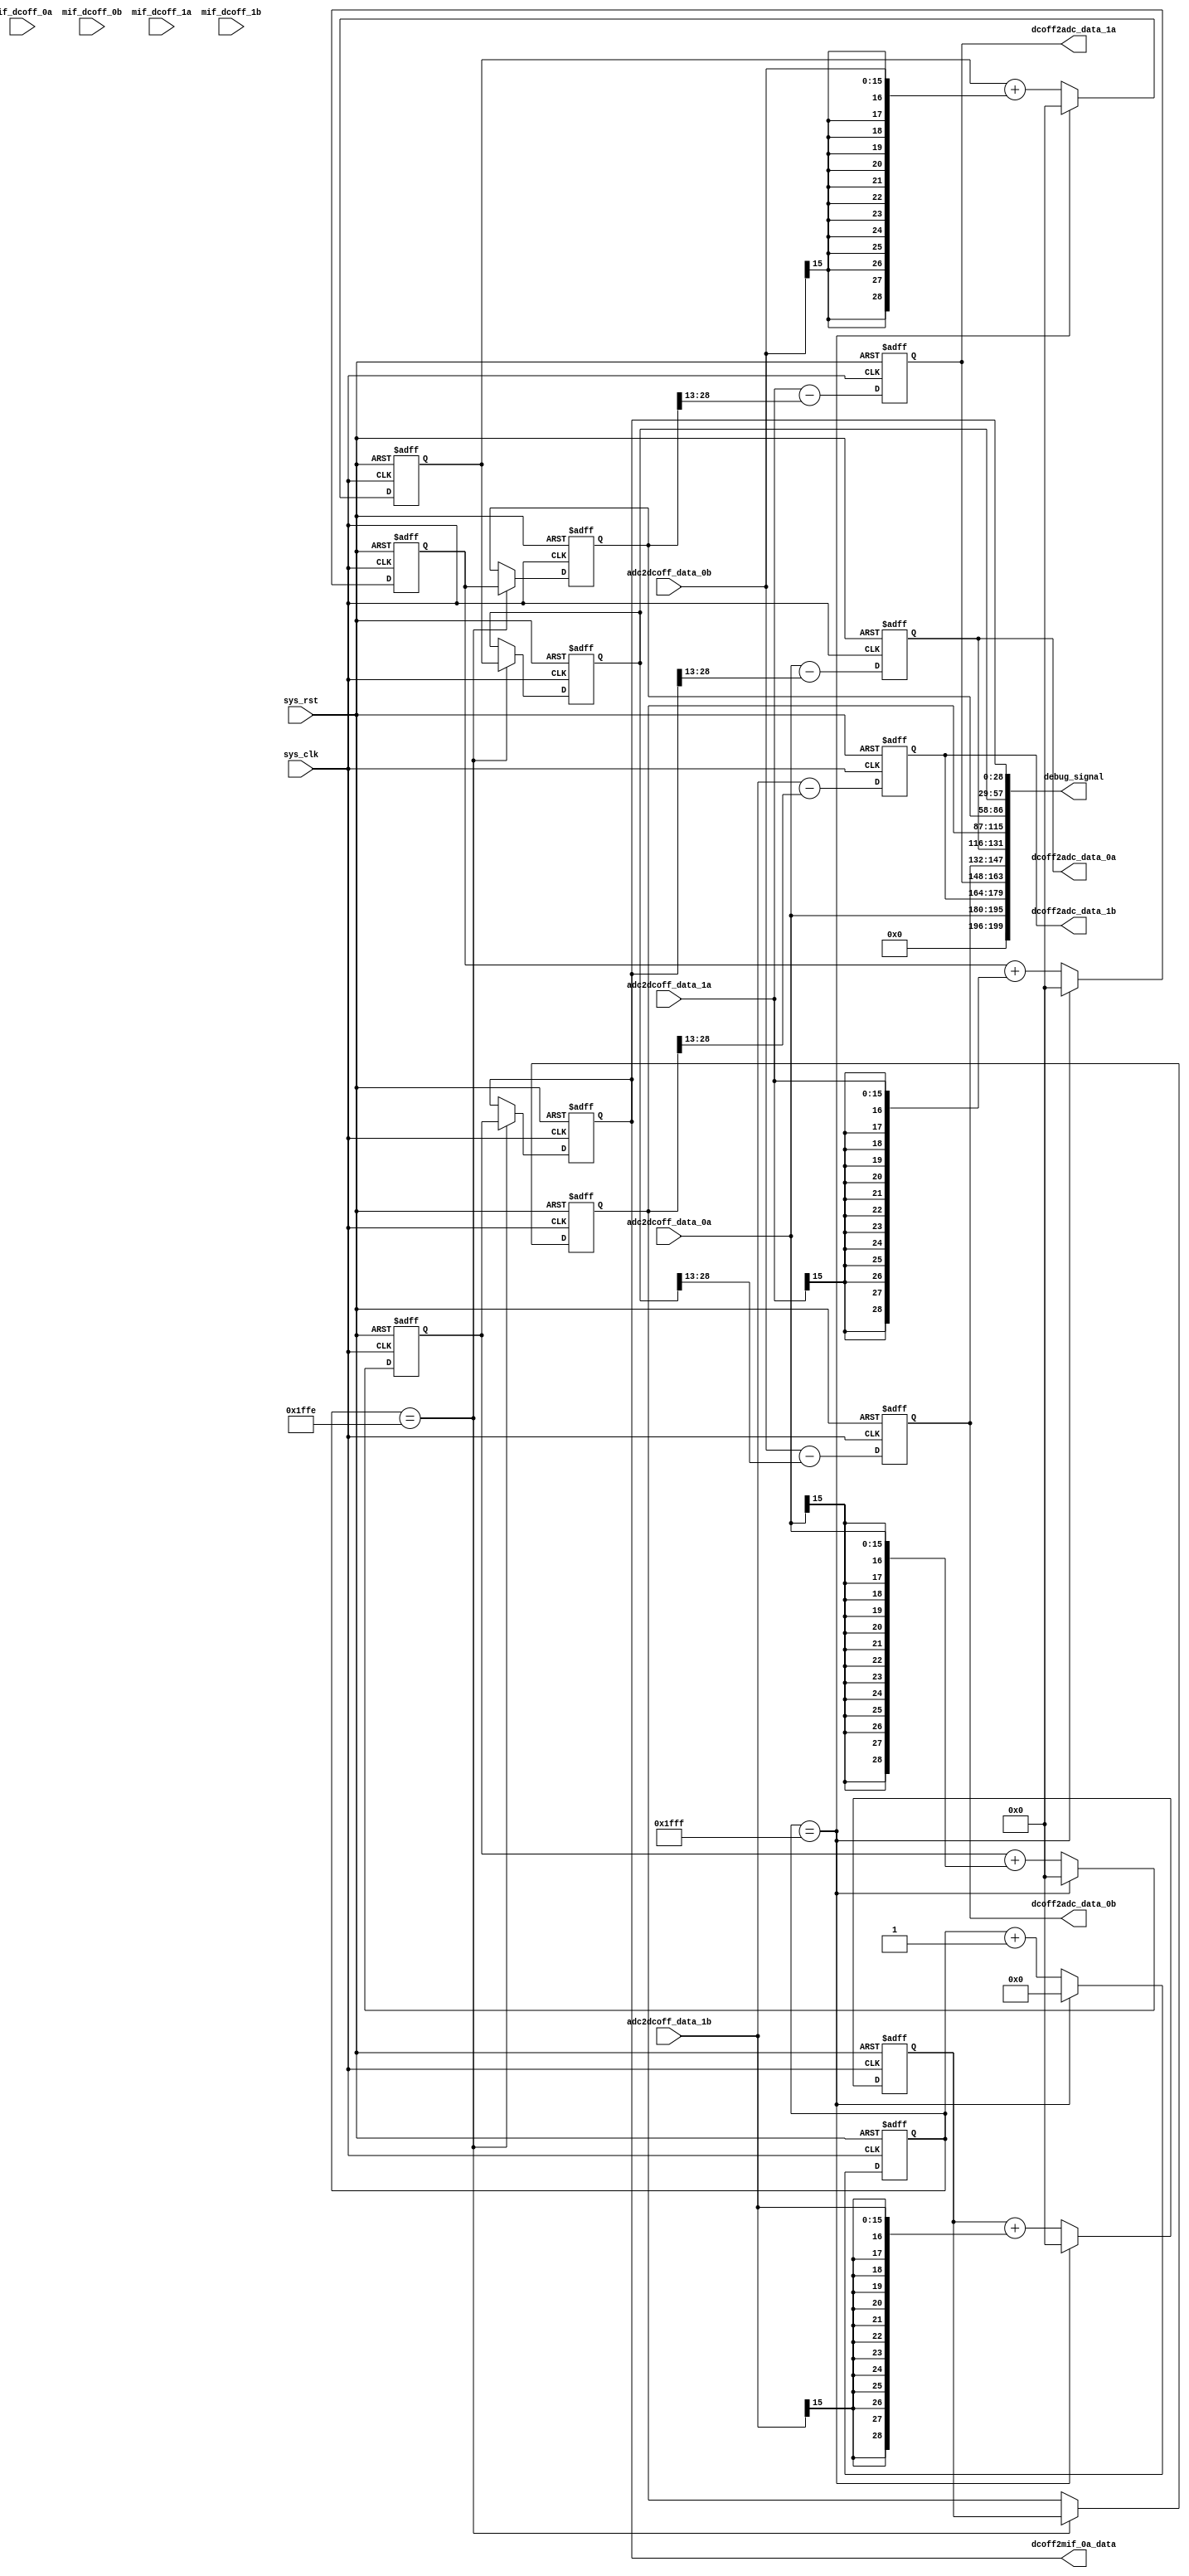
////////////////////////////////////////////////////////////////////////////////
// Company:  StarPoint
//
// Create Date: <date>
// Design Name: <name_of_top-level_design>
// Module Name: <name_of_this_module>
// Target Device: FPGA XC7K325T-2FFG900 
// Tool versions: <tool_versions>
// Description:
//    <Description here>
// Dependencies:
//    <Dependencies here>
// Revision:
//    <Code_revision_information>
// Additional Comments:
//    AD FIFO
////////////////////////////////////////////////////////////////////////////////
`timescale 1ns / 1ps

module ad_dc_off(

input                    sys_clk,          //200
input                    sys_rst,
//--------------------------------------------------
input [15:0]             adc2dcoff_data_0a,
input [15:0]             adc2dcoff_data_0b,
input [15:0]             adc2dcoff_data_1a,
input [15:0]             adc2dcoff_data_1b,
//--------------------------------------------------
input [15:0]             mif_dcoff_0a,
input [15:0]             mif_dcoff_0b,
input [15:0]             mif_dcoff_1a,
input [15:0]             mif_dcoff_1b,
//input  [1:0]             mif_dcoff_mode,
output [28:0]            dcoff2mif_0a_data,


//--------------------------------------------------
output [15:0]            dcoff2adc_data_0a,
output [15:0]            dcoff2adc_data_0b,
output [15:0]            dcoff2adc_data_1a,
output [15:0]            dcoff2adc_data_1b,
//--------------------------------------------------
output [199:0]           debug_signal
);
//////////////////////////////////////////////////////////////////////////////////
//// parameters define ////
parameter COUNT_N = 16'd8191;


reg [15:0]   rx_dcoff_count;
reg          rx_dcoff_en;

reg signed[28:0]   adc_dc_off_0a;
reg signed[28:0]   adc_dc_off_0b;
reg signed[28:0]   adc_dc_off_1a;
reg signed[28:0]   adc_dc_off_1b;


reg signed[28:0]   adc_dc_off_0a_reg;
reg signed[28:0]   adc_dc_off_0b_reg;
reg signed[28:0]   adc_dc_off_1a_reg;
reg signed[28:0]   adc_dc_off_1b_reg;

reg signed[15:0]   dcoff2adc_data_0a_reg;
reg signed[15:0]   dcoff2adc_data_0b_reg;
reg signed[15:0]   dcoff2adc_data_1a_reg;
reg signed[15:0]   dcoff2adc_data_1b_reg;



//-----------------------------------------------------

assign dcoff2adc_data_0a     = dcoff2adc_data_0a_reg; 
assign dcoff2adc_data_0b     = dcoff2adc_data_0b_reg; 
assign dcoff2adc_data_1a     = dcoff2adc_data_1a_reg; 
assign dcoff2adc_data_1b     = dcoff2adc_data_1b_reg; 

assign dcoff2mif_0a_data     = adc_dc_off_0a_reg;





//////////////////////////////////////////////////////////////////////////////////
//// ADC DC OFF   
always@(posedge sys_clk or posedge sys_rst)
begin
     if(sys_rst)
       rx_dcoff_count <= 16'd0;
     else if(rx_dcoff_count == COUNT_N)
       rx_dcoff_count <= 16'd0;
     else
       rx_dcoff_count <= rx_dcoff_count + 1'd1;
end

//////////////////////////////////////////////////////////////////////////////////
//// ADC DC OFF   0A
always@(posedge sys_clk or posedge sys_rst)
begin
     if(sys_rst)
       adc_dc_off_0a <= 29'd0;
     else if(rx_dcoff_count == COUNT_N)
       adc_dc_off_0a <= 29'd0;
     else
       adc_dc_off_0a <= adc_dc_off_0a + {{13{adc2dcoff_data_0a[15]}},adc2dcoff_data_0a[15:0]};
end   	
//---------------------------------------------------------------------------------
always@(posedge sys_clk or posedge sys_rst)
begin
     if(sys_rst)
       adc_dc_off_0a_reg <= 29'd0;
     else if(rx_dcoff_count == COUNT_N - 1)
       adc_dc_off_0a_reg <= adc_dc_off_0a;
     else
       adc_dc_off_0a_reg <= adc_dc_off_0a_reg;
end
//---------------------------------------------------------------------------------
always@(posedge sys_clk or posedge sys_rst)
begin
     if(sys_rst)
       dcoff2adc_data_0a_reg <= 15'd0;
     else 
       dcoff2adc_data_0a_reg <= adc2dcoff_data_0a - adc_dc_off_0a_reg[28:13];
end
//////////////////////////////////////////////////////////////////////////////////
//// ADC DC OFF   0B
always@(posedge sys_clk or posedge sys_rst)
begin
     if(sys_rst)
       adc_dc_off_0b <= 29'd0;
     else if(rx_dcoff_count == COUNT_N)
       adc_dc_off_0b <= 29'd0;
     else
       adc_dc_off_0b <= adc_dc_off_0b + {{13{adc2dcoff_data_0b[15]}},adc2dcoff_data_0b[15:0]};
end   	
//---------------------------------------------------------------------------------
always@(posedge sys_clk or posedge sys_rst)
begin
     if(sys_rst)
       adc_dc_off_0b_reg <= 29'd0;
     else if(rx_dcoff_count == COUNT_N - 1)
       adc_dc_off_0b_reg <= adc_dc_off_0b;
     else
       adc_dc_off_0b_reg <= adc_dc_off_0b_reg;
end
//---------------------------------------------------------------------------------
always@(posedge sys_clk or posedge sys_rst)
begin
     if(sys_rst)
       dcoff2adc_data_0b_reg <= 15'd0; 
     else
       dcoff2adc_data_0b_reg <= adc2dcoff_data_0b - adc_dc_off_0b_reg[28:13];
end
//////////////////////////////////////////////////////////////////////////////////
//// ADC DC OFF   1A
always@(posedge sys_clk or posedge sys_rst)
begin
     if(sys_rst)
       adc_dc_off_1a <= 29'd0;
     else if(rx_dcoff_count == COUNT_N)
       adc_dc_off_1a <= 29'd0;
     else
       adc_dc_off_1a <= adc_dc_off_1a + {{13{adc2dcoff_data_1a[15]}},adc2dcoff_data_1a[15:0]};
end  	
//---------------------------------------------------------------------------------
always@(posedge sys_clk or posedge sys_rst)
begin
     if(sys_rst)
       adc_dc_off_1a_reg <= 29'd0;
     else if(rx_dcoff_count == COUNT_N - 1)
       adc_dc_off_1a_reg <= adc_dc_off_1a;
     else
       adc_dc_off_1a_reg <= adc_dc_off_1a_reg;
end
//---------------------------------------------------------------------------------
always@(posedge sys_clk or posedge sys_rst)
begin
     if(sys_rst)
       dcoff2adc_data_1a_reg <= 15'd0;
     else
       dcoff2adc_data_1a_reg <= adc2dcoff_data_1a - adc_dc_off_1a_reg[28:13];
end
//////////////////////////////////////////////////////////////////////////////////
//// ADC DC OFF   1b
always@(posedge sys_clk or posedge sys_rst)
begin
     if(sys_rst)
       adc_dc_off_1b <= 29'd0;
     else if(rx_dcoff_count == COUNT_N)
       adc_dc_off_1b <= 29'd0;
     else
       adc_dc_off_1b <= adc_dc_off_1b + {{13{adc2dcoff_data_1b[15]}},adc2dcoff_data_1b[15:0]};
end	
//---------------------------------------------------------------------------------
always@(posedge sys_clk or posedge sys_rst)
begin
     if(sys_rst)
       adc_dc_off_1b_reg <= 29'd0;
     else if(rx_dcoff_count == COUNT_N - 1)
       adc_dc_off_1b_reg <= adc_dc_off_1b;
     else
       adc_dc_off_1b_reg <= adc_dc_off_1b_reg;
end
//---------------------------------------------------------------------------------
always@(posedge sys_clk or posedge sys_rst)
begin
     if(sys_rst)
       dcoff2adc_data_1b_reg <= 15'd0;  
     else
       dcoff2adc_data_1b_reg <= adc2dcoff_data_1b - adc_dc_off_1b_reg[28:13];
end


//-------------------------------------------------------------------------------
 assign debug_signal[28:0]   =  adc_dc_off_0a_reg;
 assign debug_signal[57:29]  =  adc_dc_off_0b_reg;
 assign debug_signal[86:58]  =  adc_dc_off_1a_reg;
 assign debug_signal[115:87] =  adc_dc_off_1b_reg;
 assign debug_signal[131:116] =  dcoff2adc_data_0a_reg; 
 assign debug_signal[147:132] =  dcoff2adc_data_0b_reg;  
 assign debug_signal[163:148] =  dcoff2adc_data_1a_reg;  
 assign debug_signal[179:164] =  dcoff2adc_data_1b_reg;
 assign debug_signal[195:180] =  adc2dcoff_data_0a;                                                           
 assign debug_signal[199:196] =  6'd0;                                                             
//////////////////////////////////////////////////////////////////////////////////
//////////////////////////////////////////////////////////////////////////////////
//////////////////////////////////////////////////////////////////////////////////
endmodule